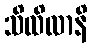
သိထိလာနိ